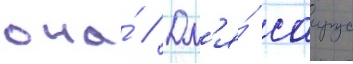
она́ // Дл'я́ саирус